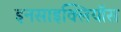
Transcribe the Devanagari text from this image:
इनसाइक्लियॉस